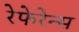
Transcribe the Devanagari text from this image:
रेफेरेन्स